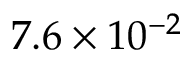
7 . 6 \times 1 0 ^ { - 2 }